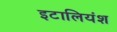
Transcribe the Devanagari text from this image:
इटालियंश